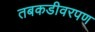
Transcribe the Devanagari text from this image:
तबकडीवरपण